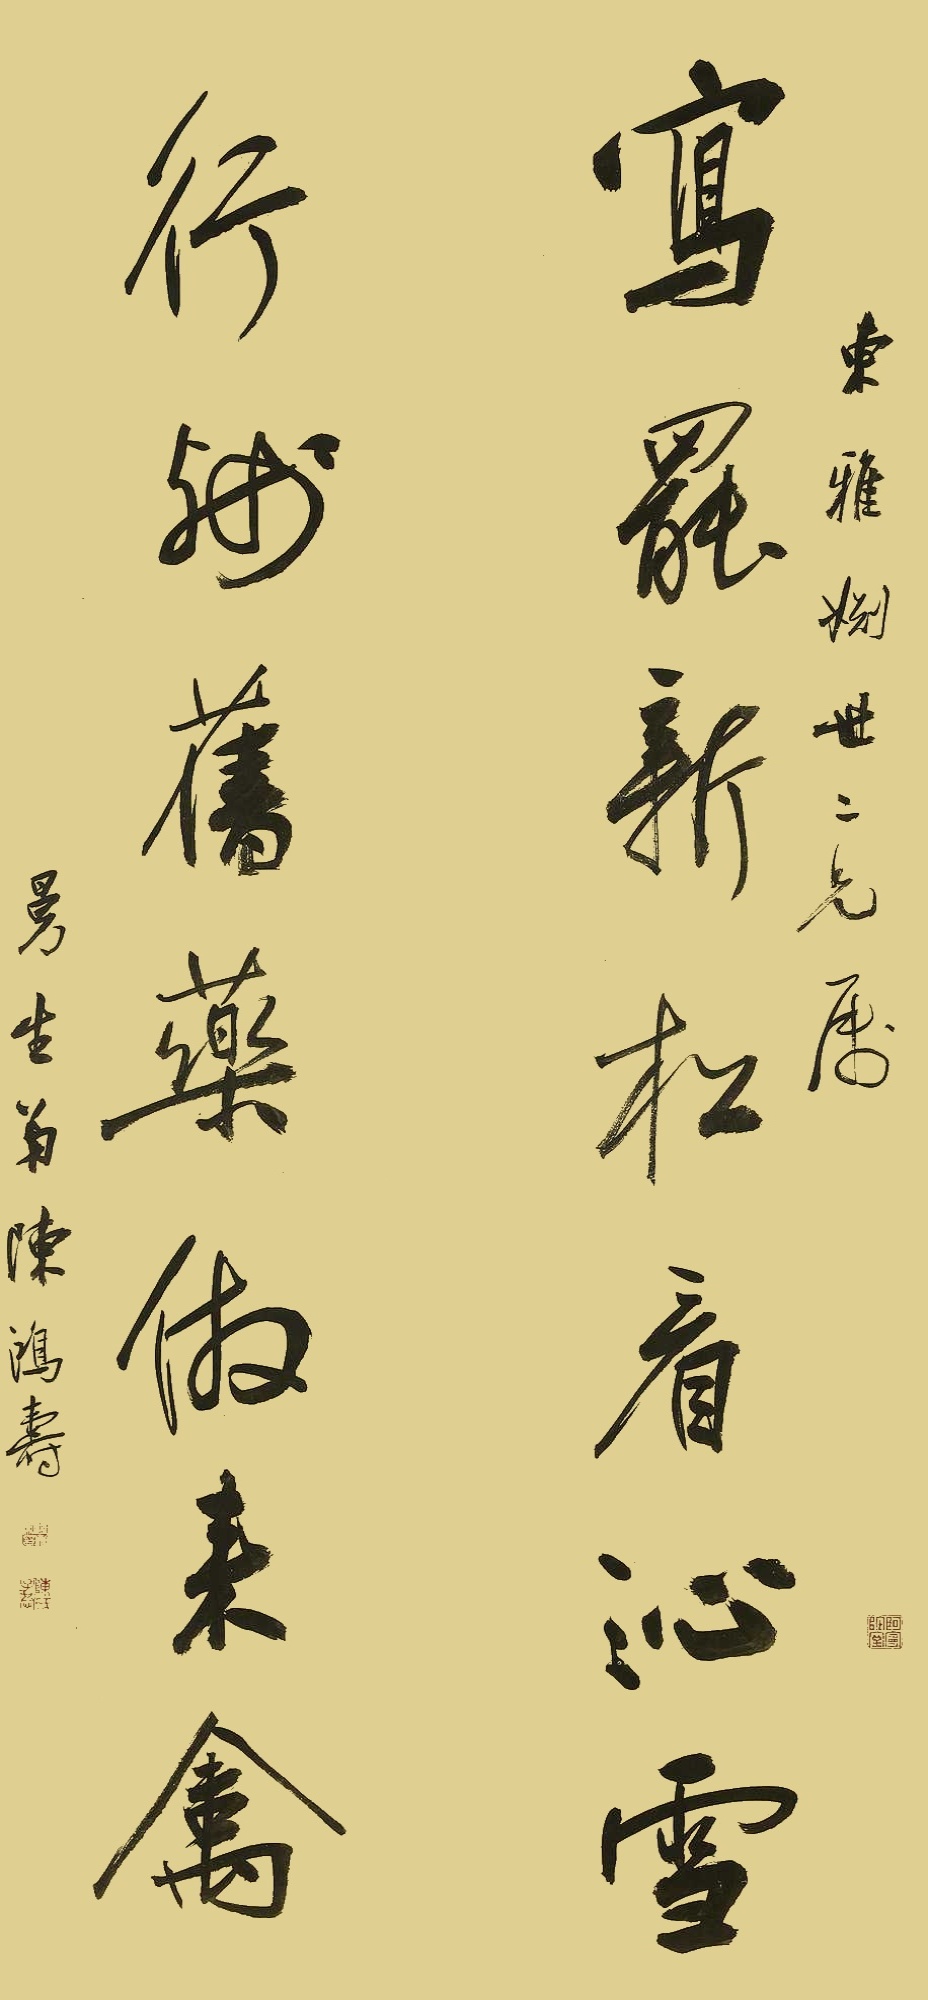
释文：写罢新松看沁雪，行残旧药仿来禽。东雅姻世二兄属，曼生弟陈鸿寿。